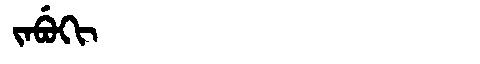
Manchu: ᠵᠠᠪᡠᡴᡳ
Romanization: JABUKI